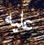
عليه